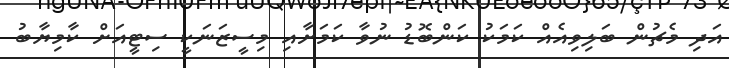
އަދި މެޗުން ބަލިވިއެއް ކަމަކު ކަންބޮޑު ނުވާ ކަމަށާއި މިސީޒަނަކީ ސިޓީއަށް ކާމިޔާބު